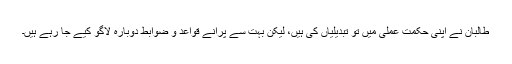
طالبان نے اپنی حکمت عملی میں تو تبدیلیاں کی ہیں، لیکن بہت سے پرانے قواعد و ضوابط دوبارہ لاگو کیے جا رہے ہیں۔